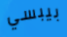
بيبسي